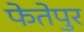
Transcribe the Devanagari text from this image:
फेतेपुर